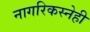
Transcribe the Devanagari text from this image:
नागरिकस्नेही